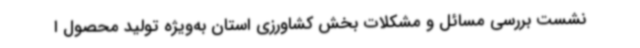
نشست بررسی مسائل و مشکلات بخش کشاورزی استان به‌ویژه تولید محصول ا